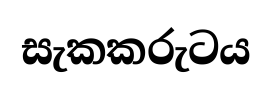
සැකකරුටය